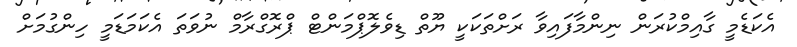
އެކަޑެމީ ގާއިމްކުރަން ނިންމާފައިވާ ރަށްތަކަކީ ޔޫތް ޑިވެލޮޕްމަންޓް ޕްރޮގްރާމް ނުވަތަ އެކަމަޑަމީ ހިންގުމަށް